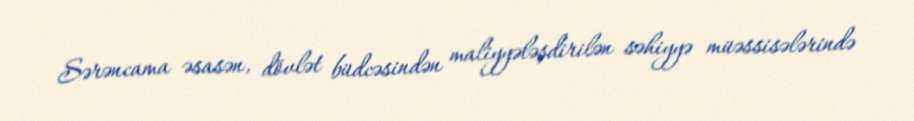
Sərəncama əsasən, dövlət büdcəsindən maliyyələşdirilən səhiyyə müəssisələrində